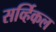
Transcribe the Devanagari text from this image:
सर्व्हिकल